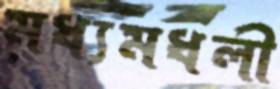
মধ্যমধলী